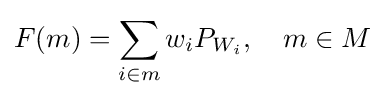
F(m)=\sum _{i\in m}w_{i}P_{W_{i}},\quad m\in M